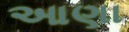
આણા